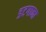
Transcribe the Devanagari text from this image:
डटगाना